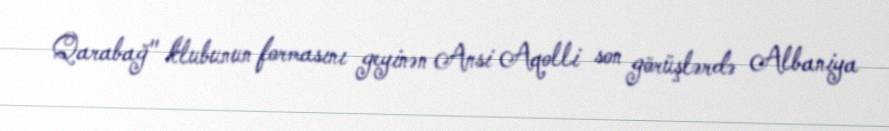
Qarabağ" klubunun formasını geyinən Ansi Aqolli son görüşlərdə Albaniya